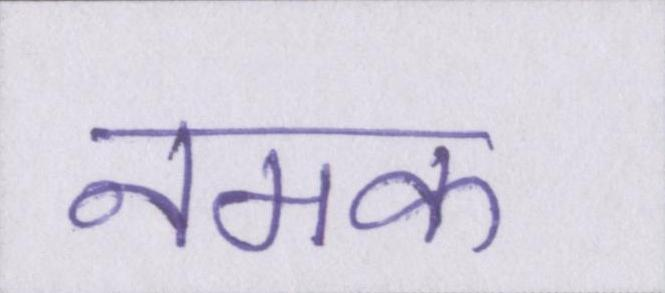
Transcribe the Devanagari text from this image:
नमक